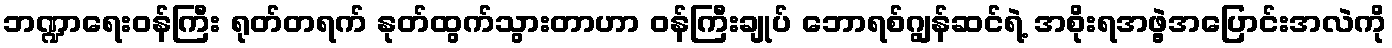
ဘဏ္ဍာရေးဝန်ကြီး ရုတ်တရက် နုတ်ထွက်သွားတာဟာ ဝန်ကြီးချုပ် ဘောရစ်ဂျွန်ဆင်ရဲ့ အစိုးရအဖွဲ့အပြောင်းအလဲကို